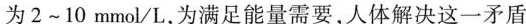
为2~10mmol/L，为满足能量需要，人体解决这一矛盾